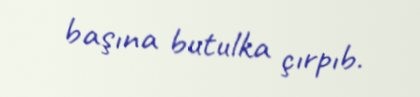
başına butulka çırpıb.